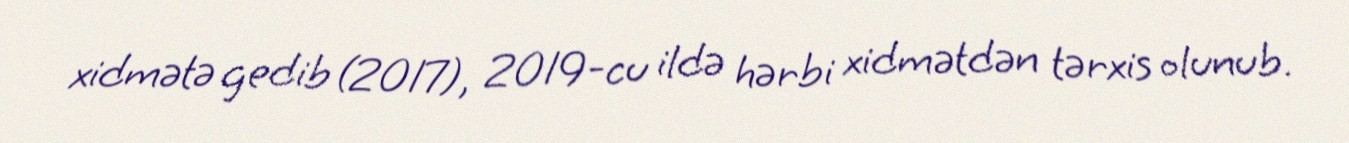
xidmətə gedib (2017), 2019-cu ildə hərbi xidmətdən tərxis olunub.